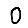
Digit: 0